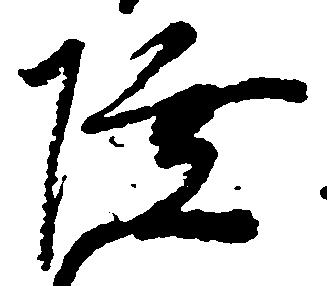
陸